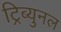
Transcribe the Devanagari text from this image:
ट्रिब्युनल